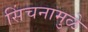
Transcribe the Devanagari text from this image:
सिंचनामुळे